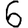
Digit: 6